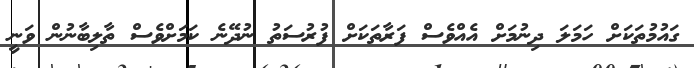
ގައުމުތަކަށް ހަމަލަ ދިނުމަށް އެއްވެސް ފަރާތަކަށް ފުރުސަތު ނުދޭނެ ކަމަށްވެސް ތާލިބާނުން ވަނީ